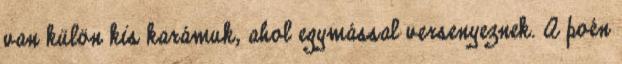
van külön kis karámuk, ahol egymással versenyeznek. A poén